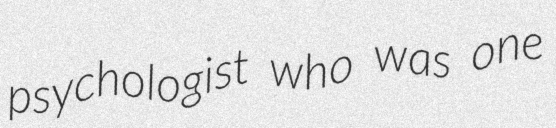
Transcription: psychologist who was one